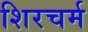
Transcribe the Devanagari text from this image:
शिरचर्म